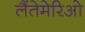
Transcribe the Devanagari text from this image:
लैंतेमेरिओ